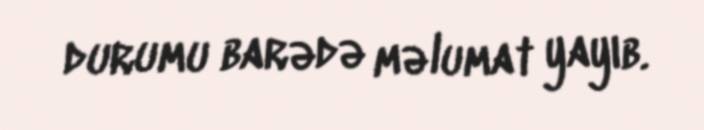
durumu barədə məlumat yayıb.